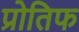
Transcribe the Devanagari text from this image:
प्रोतिफ